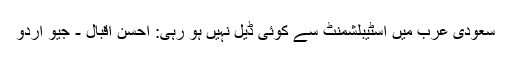
سعودی عرب میں اسٹیبلشمنٹ سے کوئی ڈیل نہیں ہو رہی: احسن اقبال - جیو اردو